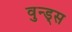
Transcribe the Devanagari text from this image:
वुन्ड्स